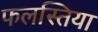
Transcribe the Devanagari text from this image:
फलस्तिया